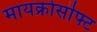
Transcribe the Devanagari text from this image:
मायक्रोसॊफ्ट